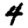
Digit: 4